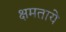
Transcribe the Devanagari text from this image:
क्षमताये